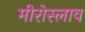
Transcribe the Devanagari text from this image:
मीरोस्लाव